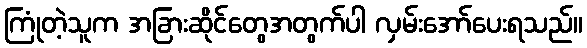
ကြုံတဲ့သူက အခြားဆိုင်တွေအတွက်ပါ လှမ်းအော်ပေးရသည်။